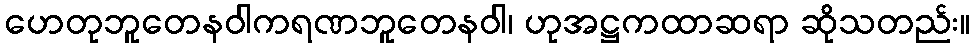
ဟေတုဘူတေနဝါကရဏဘူတေနဝါ၊ ဟုအဋ္ဌကထာဆရာ ဆိုသတည်း။